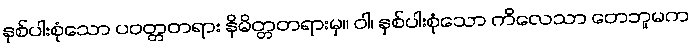
နှစ်ပါးစုံသော ပဝတ္တတရား နိမိတ္တတရားမှ။ ဝါ၊ နှစ်ပါးစုံသော ကိလေသာ တေဘူမက